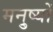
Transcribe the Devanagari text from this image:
मनु्ष्यों